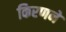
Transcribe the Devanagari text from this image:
किरणने